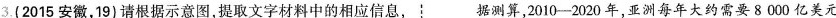
3.(2015安徽，19)请根据示意图，提取文字材料中的相应信息，据测算，2010-2020年，亚洲每年大约需要8000亿美元